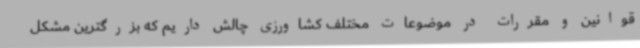
قوانین و مقررات در موضوعات مختلف کشاورزی چالش داریم که بزرگترین مشکل